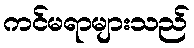
ကင်မရာများသည်